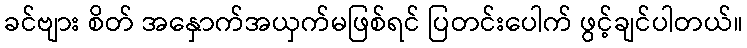
ခင်ဗျား စိတ် အနှောက်အယှက်မဖြစ်ရင် ပြတင်းပေါက် ဖွင့်ချင်ပါတယ်။